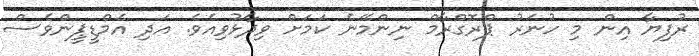
ރުފިޔާ އިން މި ހުނަރު ޕްރޮގްރާމް ނިންމޭނެ ކަމަށް ވިދާޅުވިއެވެ. އަދި އެމްޑީޕީންވެސް